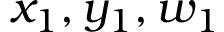
x _ { 1 } , y _ { 1 } , w _ { 1 }